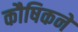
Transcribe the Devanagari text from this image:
कौषिकने